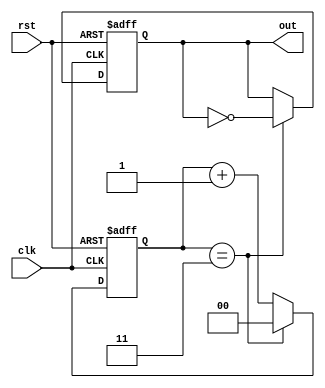
module frequency_divider_counter #(
    parameter N = 4  // Division factor (can be configured)
)(
    input wire clk,        // Clock input
    input wire rst,        // Reset input
    output reg out         // Output signal
);

    reg [$clog2(N)-1:0] counter;  // Counter to keep track of the counts

    // Sequential logic for the counter and output generation
    always @(posedge clk or posedge rst) begin
        if (rst) begin
            counter <= 0;  // Reset counter on reset signal
            out <= 0;      // Reset output signal
        end else begin
            if (counter == N-1) begin
                counter <= 0;  // Reset counter when it reaches N-1
                out <= ~out;    // Toggle output signal
            end else begin
                counter <= counter + 1; // Increment counter
            end
        end
    end

endmodule